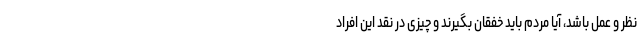
نظر و عمل باشد، آیا مردم باید خفقان بگیرند و چیزی در نقد این افراد